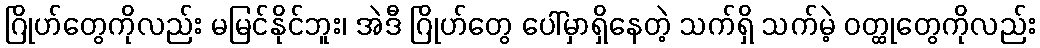
ဂြိုဟ်တွေကိုလည်း မမြင်နိုင်ဘူး၊ အဲဒီ ဂြိုဟ်တွေ ပေါ်မှာရှိနေတဲ့ သက်ရှိ သက်မဲ့ ဝတ္ထုတွေကိုလည်း